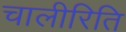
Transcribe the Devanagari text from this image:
चालीरिति